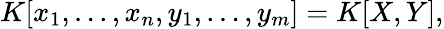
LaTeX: K[x_{1},\ldots,x_{n},y_{1},\ldots,y_{m}]=K[X,Y],